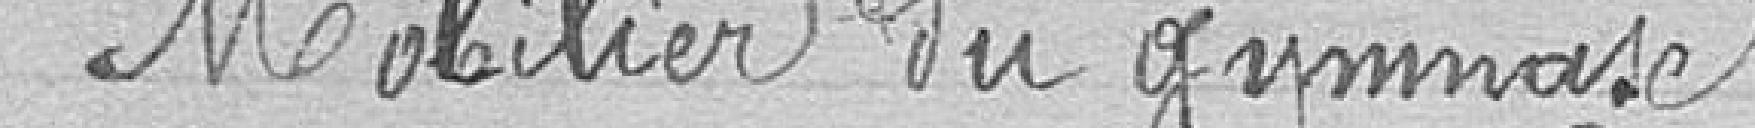
Mobilier du gymnase